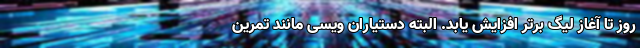
روز تا آغاز لیگ برتر افزایش یابد. البته دستیاران ویسی مانند تمرین